画像に写った文字を読んでください
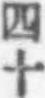
「四十」と書いてあります